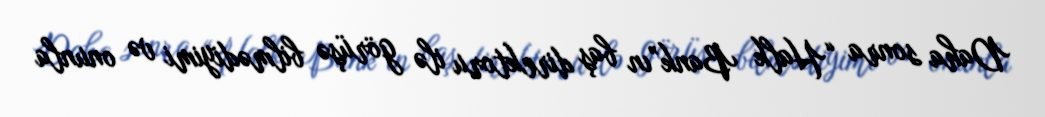
Daha sonra “Halk Bank”ın baş direktoru ilə görüşə bilmədiyimi və onunla